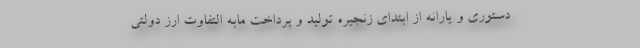
دستوری و یارانه از ابتدای زنجیره تولید و پرداخت مابه التفاوت ارز دولتی